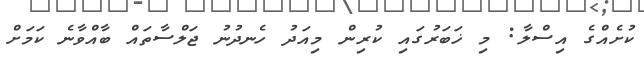
ކުށެއްގެ އިސްލާ: މި ޚަބަރުގައި ކުރިން މިއަދު ހެނދުނު ޖަލްސާތައް ބާއްވާނެ ކަމަށް